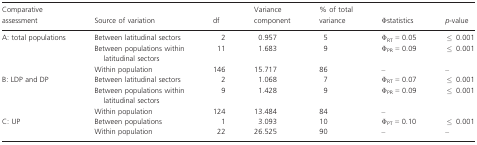
<table><thead><tr><td><b>Comparative assessment</b></td><td><b>Source of variation</b></td><td><b>df</b></td><td><b>Variance component</b></td><td><b>% of total variance</b></td><td><b>Φstatistics</b></td><td><b><i>p</i>-value</b></td></tr></thead><tbody><tr><td>A: total populations</td><td>Between latitudinal sectors</td><td>2</td><td>0.957</td><td>5</td><td>Φ<sub>RT</sub> = 0.05</td><td>≤ 0.001</td></tr><tr><td></td><td>Between populations within latitudinal sectors</td><td>11</td><td>1.683</td><td>9</td><td>Φ<sub>PR</sub> = 0.09</td><td>≤ 0.001</td></tr><tr><td></td><td>Within population</td><td>146</td><td>15.717</td><td>86</td><td>–</td><td>–</td></tr><tr><td>B: LDP and DP</td><td>Between latitudinal sectors</td><td>2</td><td>1.068</td><td>7</td><td>Φ<sub>RT</sub> = 0.07</td><td>≤ 0.001</td></tr><tr><td></td><td>Between populations within latitudinal sectors</td><td>9</td><td>1.428</td><td>9</td><td>Φ<sub>PR</sub> = 0.09</td><td>≤ 0.001</td></tr><tr><td></td><td>Within population</td><td>124</td><td>13.484</td><td>84</td><td>–</td><td></td></tr><tr><td>C: UP</td><td>Between populations</td><td>1</td><td>3.093</td><td>10</td><td>Φ<sub>PT</sub> = 0.10</td><td>≤ 0.001</td></tr><tr><td></td><td>Within population</td><td>22</td><td>26.525</td><td>90</td><td>–</td><td>–</td></tr></tbody></table>